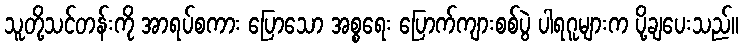
သူတို့သင်တန်းကို အာရပ်စကား ပြောသော အစ္စရေး ပြောက်ကျားစစ်ပွဲ ပါရဂူများက ပို့ချပေးသည်။